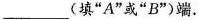
___(填”A”或”B”)端。